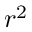
r ^ { 2 }